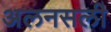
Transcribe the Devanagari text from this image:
अलनसली